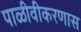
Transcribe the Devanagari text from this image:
पाळीवीकरणास